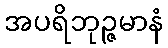
အပရိဘုဉ္ဇမာနံ